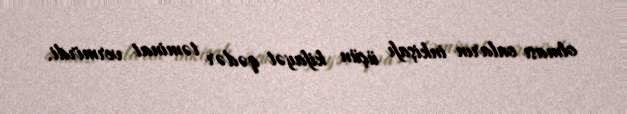
olması onların inkişafı üçün kifayət qədər təminat vermirdi.